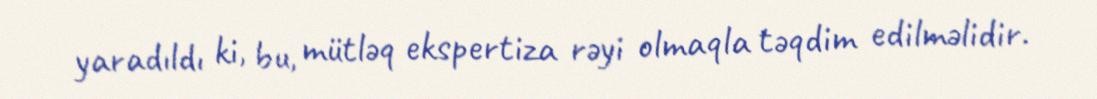
yaradıldı ki, bu, mütləq ekspertiza rəyi olmaqla təqdim edilməlidir.